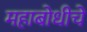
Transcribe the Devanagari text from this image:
महाबोधीचे